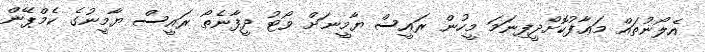
އެލޯނުތައް މަޢާފުކޮށްދީފިނަމަ މީހުން ރައީސް ޔާމީނަށް ވޯޓު ދީފާނެތޯ ރައީސް ޔާމީނުގެ ކެމްޕޭން